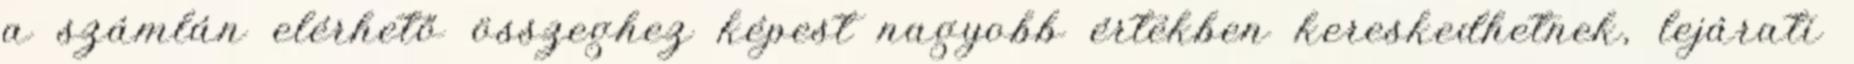
a számlán elérhető összeghez képest nagyobb értékben kereskedhetnek, lejárati